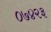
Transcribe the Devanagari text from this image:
०७४२३